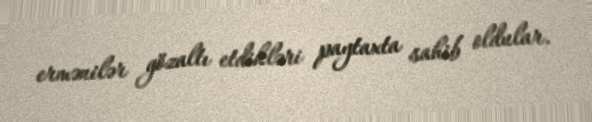
ermənilər gözaltı etdikləri paytaxta sahib oldular.